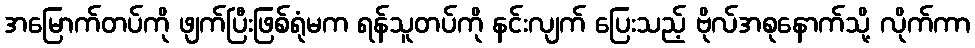
အမြောက်တပ်ကို ဖျက်ပြီးဖြစ်ရုံမက ရန်သူတပ်ကို နင်းလျက် ပြေးသည့် ဗိုလ်အစုနောက်သို့ လိုက်ကာ